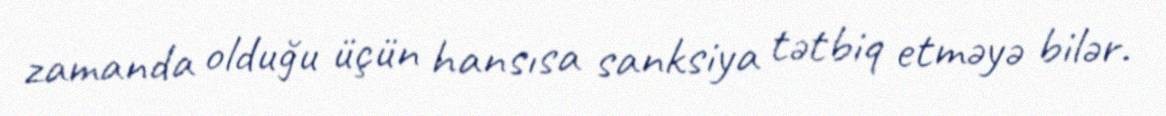
zamanda olduğu üçün hansısa sanksiya tətbiq etməyə bilər.